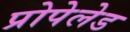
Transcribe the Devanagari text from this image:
प्रोपेलेड